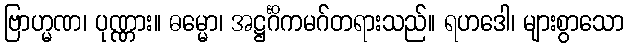
ဗြာဟ္မဏ၊ ပုဏ္ဏား။ ဓမ္မော၊ အဋ္ဌင်္ဂိကမဂ်တရားသည်။ ရဟဒေါ၊ များစွာသော